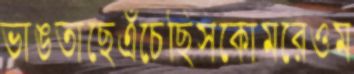
ভাঙতাছেএঁচেছিসকোমরেওম